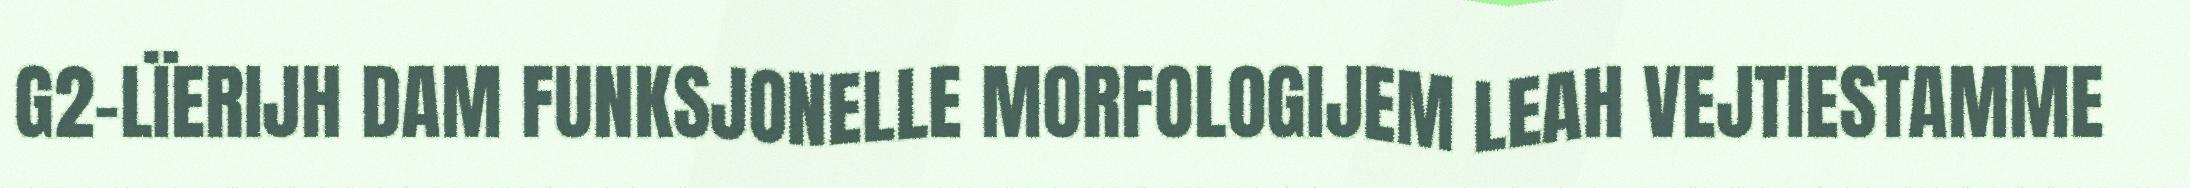
G2-LÏERIJH DAM FUNKSJONELLE MORFOLOGIJEM LEAH VEJTIESTAMME